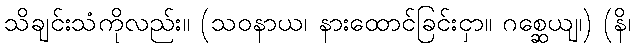
သိချင်းသံကိုလည်း။ (သဝနာယ၊ နားထောင်ခြင်းငှာ။ ဂစ္ဆေယျ၊) (နိ၊